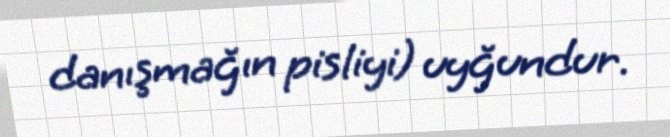
danışmağın pisliyi) uyğundur.